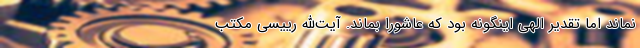
نماند اما تقدیر الهی اینگونه بود که عاشورا بماند. آیت‌الله رییسی مکتب